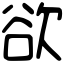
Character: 欲